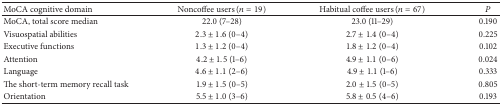
<table><thead><tr><td><b>MoCA cognitive domain</b></td><td><b>Noncoffee users (<i>n</i> = 19)</b></td><td><b>Habitual coffee users (<i>n</i> = 67)</b></td><td><b><i>P</i></b></td></tr></thead><tbody><tr><td>MoCA, total score median</td><td>22.0 (7–28)</td><td>23.0 (11–29)</td><td>0.190</td></tr><tr><td>Visuospatial abilities</td><td>2.3 ± 1.6 (0–4)</td><td>2.7 ± 1.4 (0–4)</td><td>0.225</td></tr><tr><td>Executive functions</td><td>1.3 ± 1.2 (0–4)</td><td>1.8 ± 1.2 (0–4)</td><td>0.102</td></tr><tr><td>Attention</td><td>4.2 ± 1.5 (1–6)</td><td>4.9 ± 1.1 (0–6)</td><td>0.024</td></tr><tr><td>Language</td><td>4.6 ± 1.1 (2–6)</td><td>4.9 ± 1.1 (1–6)</td><td>0.333</td></tr><tr><td>The short-term memory recall task</td><td>1.9 ± 1.5 (0–5)</td><td>2.0 ± 1.5 (0–5)</td><td>0.805</td></tr><tr><td>Orientation</td><td>5.5 ± 1.0 (3–6)</td><td>5.8 ± 0.5 (4–6)</td><td>0.193</td></tr></tbody></table>